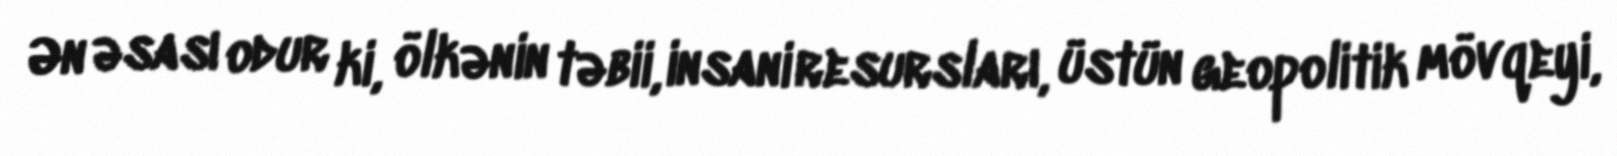
Ən əsası odur ki, ölkənin təbii, insani resursları, üstün geopolitik mövqeyi,